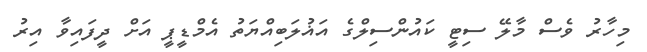
މިހާރު ވެސް މާލޭ ސިޓީ ކައުންސިލްގެ އަޣުލަބިއްޔަތު އެމްޑީޕީ އަށް ދީފައިވާ އިރު